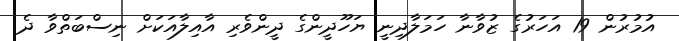
އުމުރުން 19 އަހަރުގެ ޒުވާނާ ހަމަލާދިނީ ޔަހޫދީންގެ ދީންވެރި އާއިލާއަކަށް ނިސްބަތްވާ ދެ